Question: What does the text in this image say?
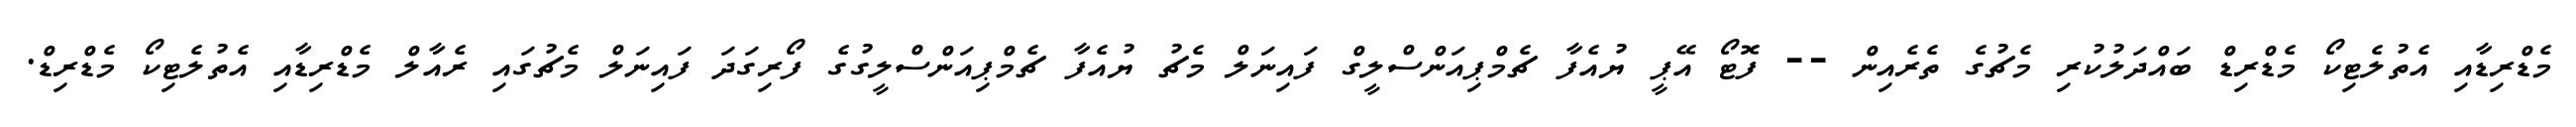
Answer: މެޑްރިޑާއި އެތުލެޓިކޯ މެޑްރިޑް ބައްދަލުކުރި މެޗުގެ ތެރެއިން -- ފޮޓޯ އޭޕީ ޔުއެފާ ޗެމްޕިއަންސްލީގް ފައިނަލް މެޗު ޔުއެފާ ޗެމްޕިއަންސްލީގުގެ ފޯރިގަދަ ފައިނަލް މެޗުގައި ރެއާލް މެޑްރިޑާއި އެތުލެޓިކޯ މެޑްރިޑް.